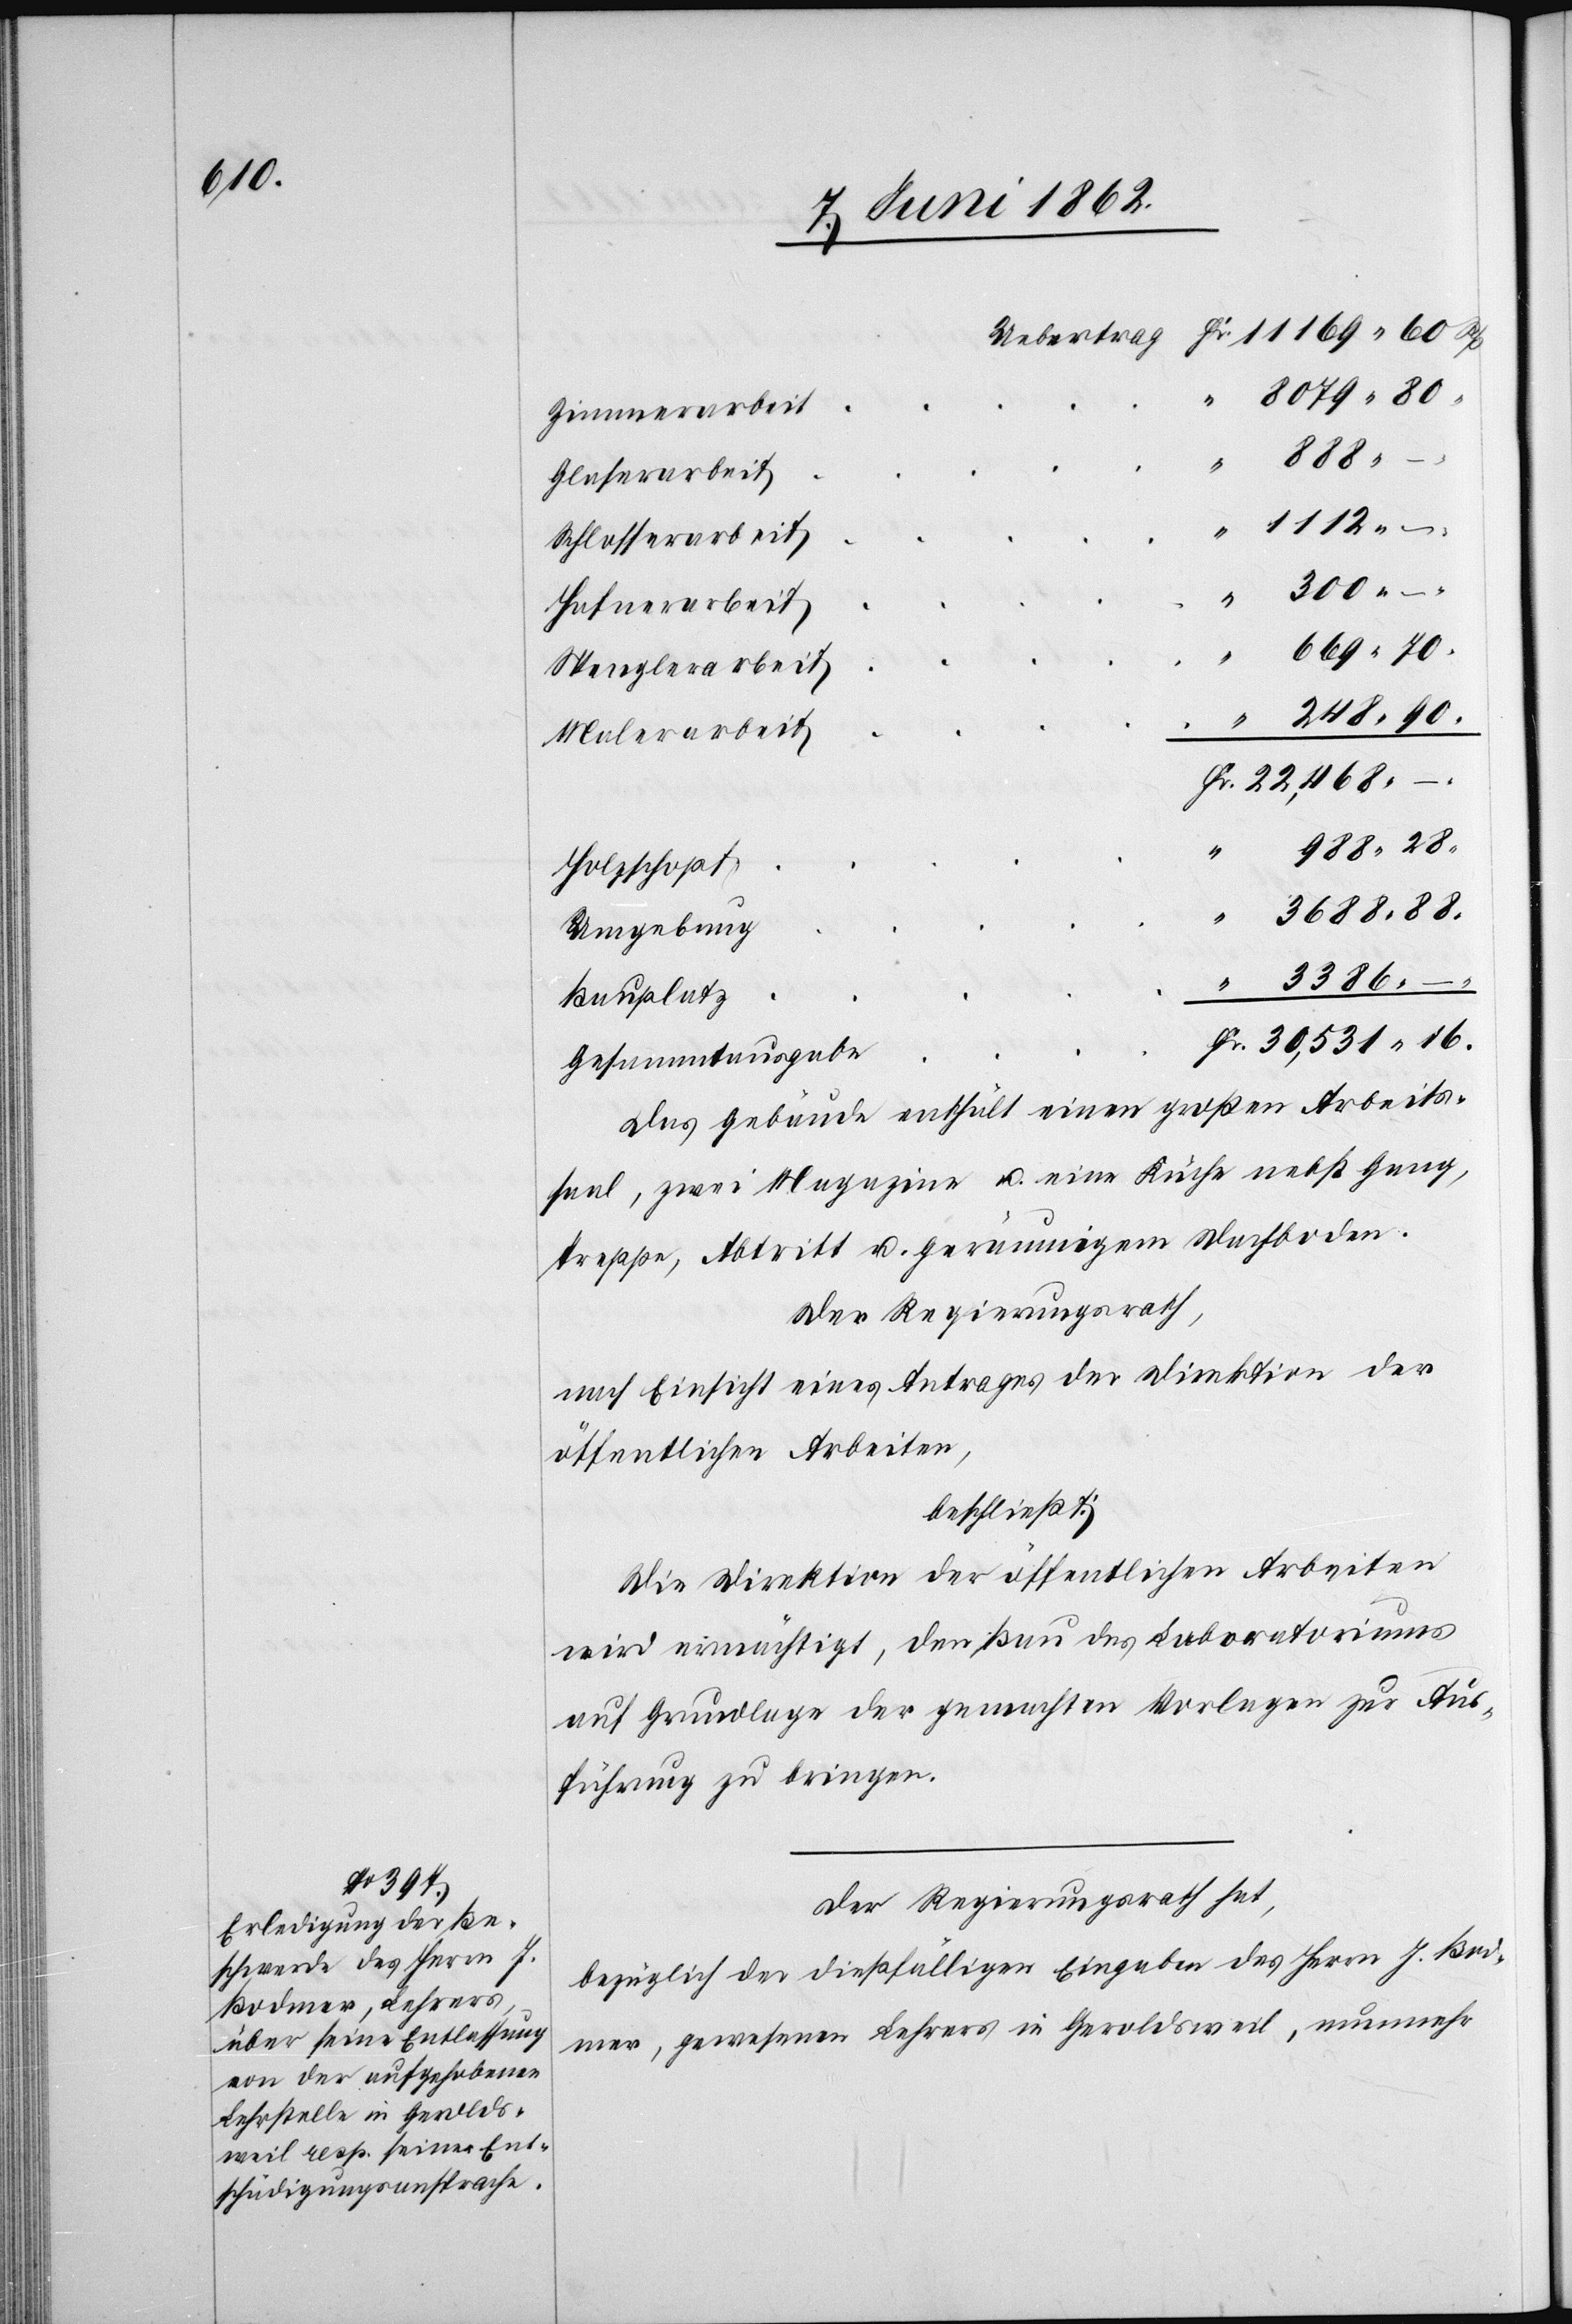
1112

Zimmerarbeit
Glaserarbeit
Schlosserarbeit
Hafnerarbeit
Spenglerarbeit
Malerarbeit
Holzschopf
“
Umgebung
Rp.
Bauplatz
Gesammtausgabe
Das Gebäude enthält einen großen Arbeits¬
saal, zwei Magazine u. eine Küche nebst Gang,
Treppe, Abtritt u. Geräumigem Dachboden.
Der Regierungsrath,
nach Einsicht eines Antrages der Direktion der
öffentlichen Arbeiten,
beschließt:
Die Direktion der öffentlichen Arbeiten
wird ermächtigt, den Bau des Laboratoriums
auf Grundlage der gemachten Vorlagen zur Aus¬
führung zu bringen.
Der Regierungsrath hat,
bezüglich der dießfälligen Eingabe des Herrn J. Bod¬
mer, gewesenen Lehrers in Geroldsweil, nunmehr